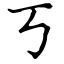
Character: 丂